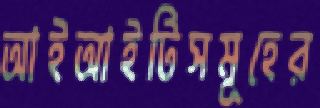
আইআইটিসমূহের